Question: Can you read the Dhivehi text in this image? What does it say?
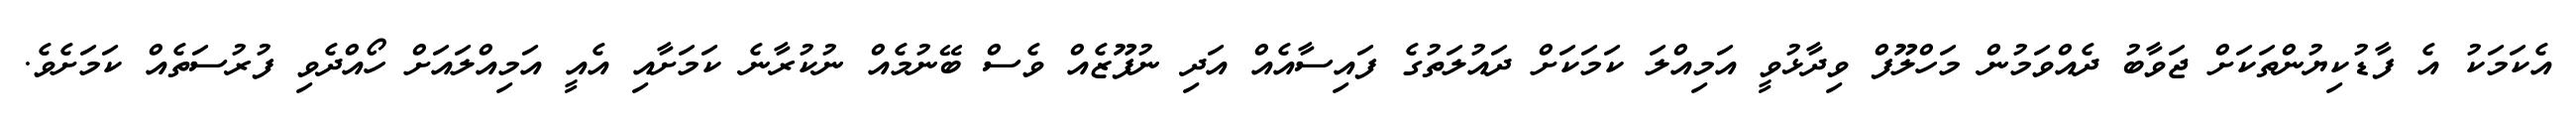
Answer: އެކަމަކު އެ ފާޑުކިޔުންތަކަށް ޖަވާބު ދެއްވަމުން މަހްލޫފް ވިދާޅުވީ އަމިއްލަ ކަމަކަށް ދައުލަތުގެ ފައިސާއެއް އަދި ނުފޫޒެއް ވެސް ބޭނުމެއް ނުކުރާނެ ކަމަށާއި އެއީ އަމިއްލައަށް ހޯއްދެވި ފުރުސަތެއް ކަމަށެވެ.